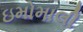
ઇમોમાલી